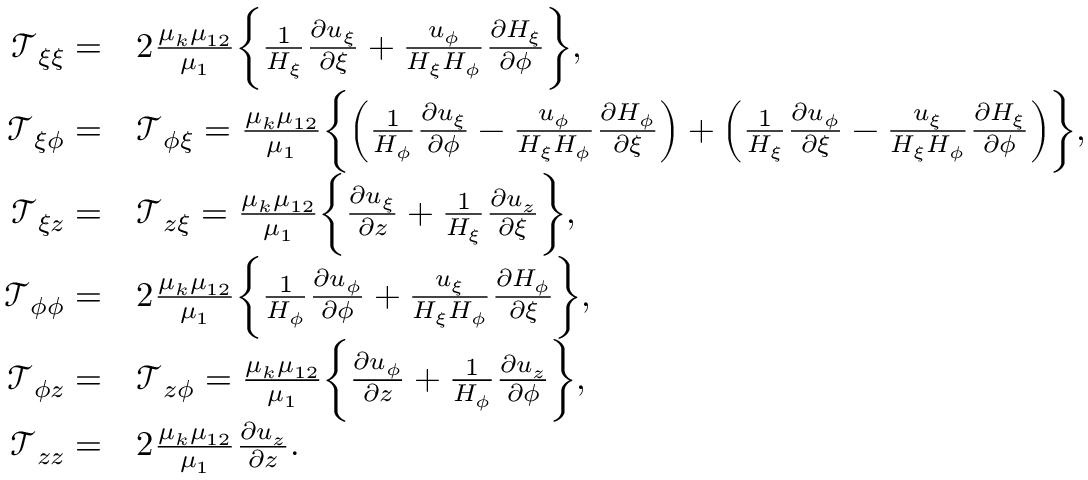
\begin{array} { r l } { \mathcal { T } _ { \xi \xi } = } & { 2 \frac { \mu _ { k } \mu _ { 1 2 } } { \mu _ { 1 } } \biggl \{ \frac { 1 } { H _ { \xi } } \frac { \partial u _ { \xi } } { \partial \xi } + \frac { u _ { \phi } } { H _ { \xi } H _ { \phi } } \frac { \partial H _ { \xi } } { \partial \phi } \biggr \} , } \\ { \mathcal { T } _ { \xi \phi } = } & { \mathcal { T } _ { \phi \xi } = \frac { \mu _ { k } \mu _ { 1 2 } } { \mu _ { 1 } } \biggl \{ \left( \frac { 1 } { H _ { \phi } } \frac { \partial u _ { \xi } } { \partial \phi } - \frac { u _ { \phi } } { H _ { \xi } H _ { \phi } } \frac { \partial H _ { \phi } } { \partial \xi } \right) + \left( \frac { 1 } { H _ { \xi } } \frac { \partial u _ { \phi } } { \partial \xi } - \frac { u _ { \xi } } { H _ { \xi } H _ { \phi } } \frac { \partial H _ { \xi } } { \partial \phi } \right) \biggr \} , } \\ { \mathcal { T } _ { \xi z } = } & { \mathcal { T } _ { z \xi } = \frac { \mu _ { k } \mu _ { 1 2 } } { \mu _ { 1 } } \biggl \{ \frac { \partial u _ { \xi } } { \partial z } + \frac { 1 } { H _ { \xi } } \frac { \partial u _ { z } } { \partial \xi } \biggr \} , } \\ { \mathcal { T } _ { \phi \phi } = } & { 2 \frac { \mu _ { k } \mu _ { 1 2 } } { \mu _ { 1 } } \biggl \{ \frac { 1 } { H _ { \phi } } \frac { \partial u _ { \phi } } { \partial \phi } + \frac { u _ { \xi } } { H _ { \xi } H _ { \phi } } \frac { \partial H _ { \phi } } { \partial \xi } \biggr \} , } \\ { \mathcal { T } _ { \phi z } = } & { \mathcal { T } _ { z \phi } = \frac { \mu _ { k } \mu _ { 1 2 } } { \mu _ { 1 } } \biggl \{ \frac { \partial u _ { \phi } } { \partial z } + \frac { 1 } { H _ { \phi } } \frac { \partial u _ { z } } { \partial \phi } \biggr \} , } \\ { \mathcal { T } _ { z z } = } & { 2 \frac { \mu _ { k } \mu _ { 1 2 } } { \mu _ { 1 } } \frac { \partial u _ { z } } { \partial z } . } \end{array}